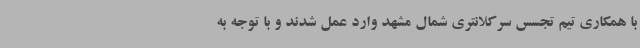
با همکاری تیم تجسس سرکلانتری شمال مشهد وارد عمل شدند و با توجه به